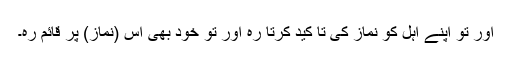
اور تو اپنے اہل کو نماز کی تا کید کرتا رہ اور تو خود بھی اس (نماز) پر قائم رہ۔